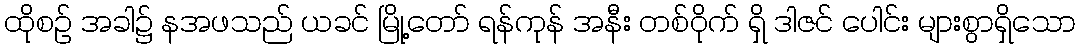
ထိုစဉ် အခါ၌ နအဖသည် ယခင် မြို့တော် ရန်ကုန် အနီး တစ်ဝိုက် ရှိ ဒါဇင် ပေါင်း များစွာရှိသော